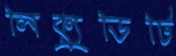
লিক্যুডিটি